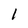
Character: 1